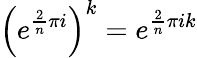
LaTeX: \left(e^{{\frac{2}{n}}\pi i}\right)^{k}=e^{{\frac{2}{n}}\pi ik}